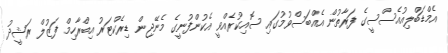
އެމްޑަބްލިއުއެސްސީގެ ފަރާތުން އެއްބަސްވުމުގައި ސޮއިކުރެއްވީ އެކުންފުނީގެ މެނޭޖިން ޑިރެކްޓަރު އިބްރާހިމް ފަޒުލް ރަޝީދު